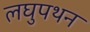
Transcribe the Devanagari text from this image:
लघुपथन